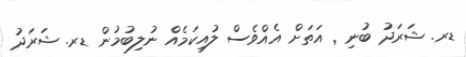
ޑރ. ޝަރަދު ބުނި